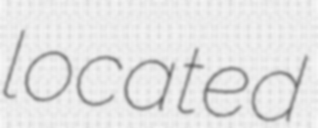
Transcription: located